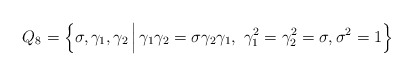
\begin{align*}Q_8 = \Big\{ \sigma, \gamma_1, \gamma_2 \,\Big| \, \gamma_1 \gamma_2 = \sigma \gamma_2 \gamma_1,~ \gamma_1^2=\gamma_2^2=\sigma, \sigma^2=1 \Big\}\end{align*}